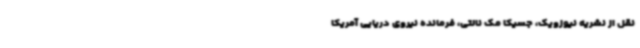
نقل از نشریه نیوزویک، جسیکا مک نالتی، فرمانده نیروی دریایی آمریکا